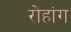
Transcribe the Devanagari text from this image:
रोहांग